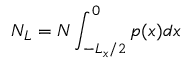
N _ { L } = N \int _ { - L _ { x } / 2 } ^ { 0 } p ( x ) d x